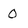
Character: 0